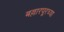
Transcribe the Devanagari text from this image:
बल्लारपूरच्या